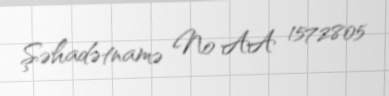
Şəhadətnamə № AA 1572805